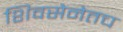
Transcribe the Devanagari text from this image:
शिवसेनेतच